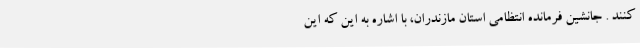
کنند . جانشین فرمانده انتظامی استان مازندران، با اشاره به این که این